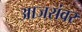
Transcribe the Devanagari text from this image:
आजरांवर